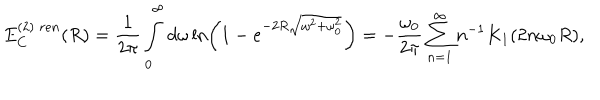
LaTeX: E _ { C } ^ { ( 2 ) \; r e n } ( R ) = \frac { 1 } { 2 \pi } \int _ { 0 } ^ { \infty } d \omega \ln \left( 1 - e ^ { - 2 R \sqrt { \omega ^ { 2 } + \omega _ { 0 } ^ { 2 } } } \right) = - \frac { \omega _ { 0 } } { 2 \pi } \sum _ { n = 1 } ^ { \infty } n ^ { - 1 } K _ { 1 } ( 2 n \omega _ { 0 } R ) ,